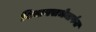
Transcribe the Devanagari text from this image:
विधानसभेमार्फत